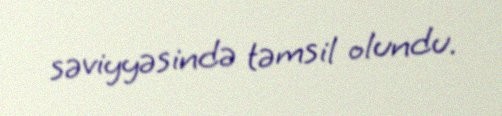
səviyyəsində təmsil olundu.